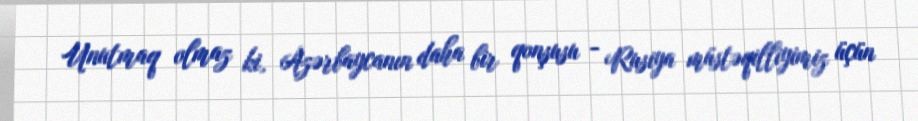
Unutmaq olmaz ki, Azərbaycanın daha bir qonşusu - Rusiya müstəqilliyimiz üçün